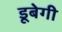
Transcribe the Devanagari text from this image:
डूबेगी